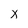
Character: x